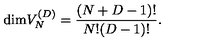
\mathrm { d i m } V _ { N } ^ { ( D ) } = { \frac { ( N + D - 1 ) ! } { N ! ( D - 1 ) ! } } .